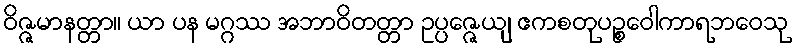
ဝိဇ္ဇမာနတ္တာ။ ယာ ပန မဂ္ဂဿ အဘာဝိတတ္တာ ဥပ္ပဇ္ဇေယျ ဧကစတုပဉ္စဝေါကာရဘဝေသု